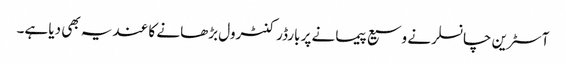
آسٹرین چانسلر نے وسیع پیمانے پر بارڈر کنٹرول بڑھانے کا عندیہ بھی دیا ہے۔